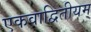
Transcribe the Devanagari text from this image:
एकवाद्वितीयम्